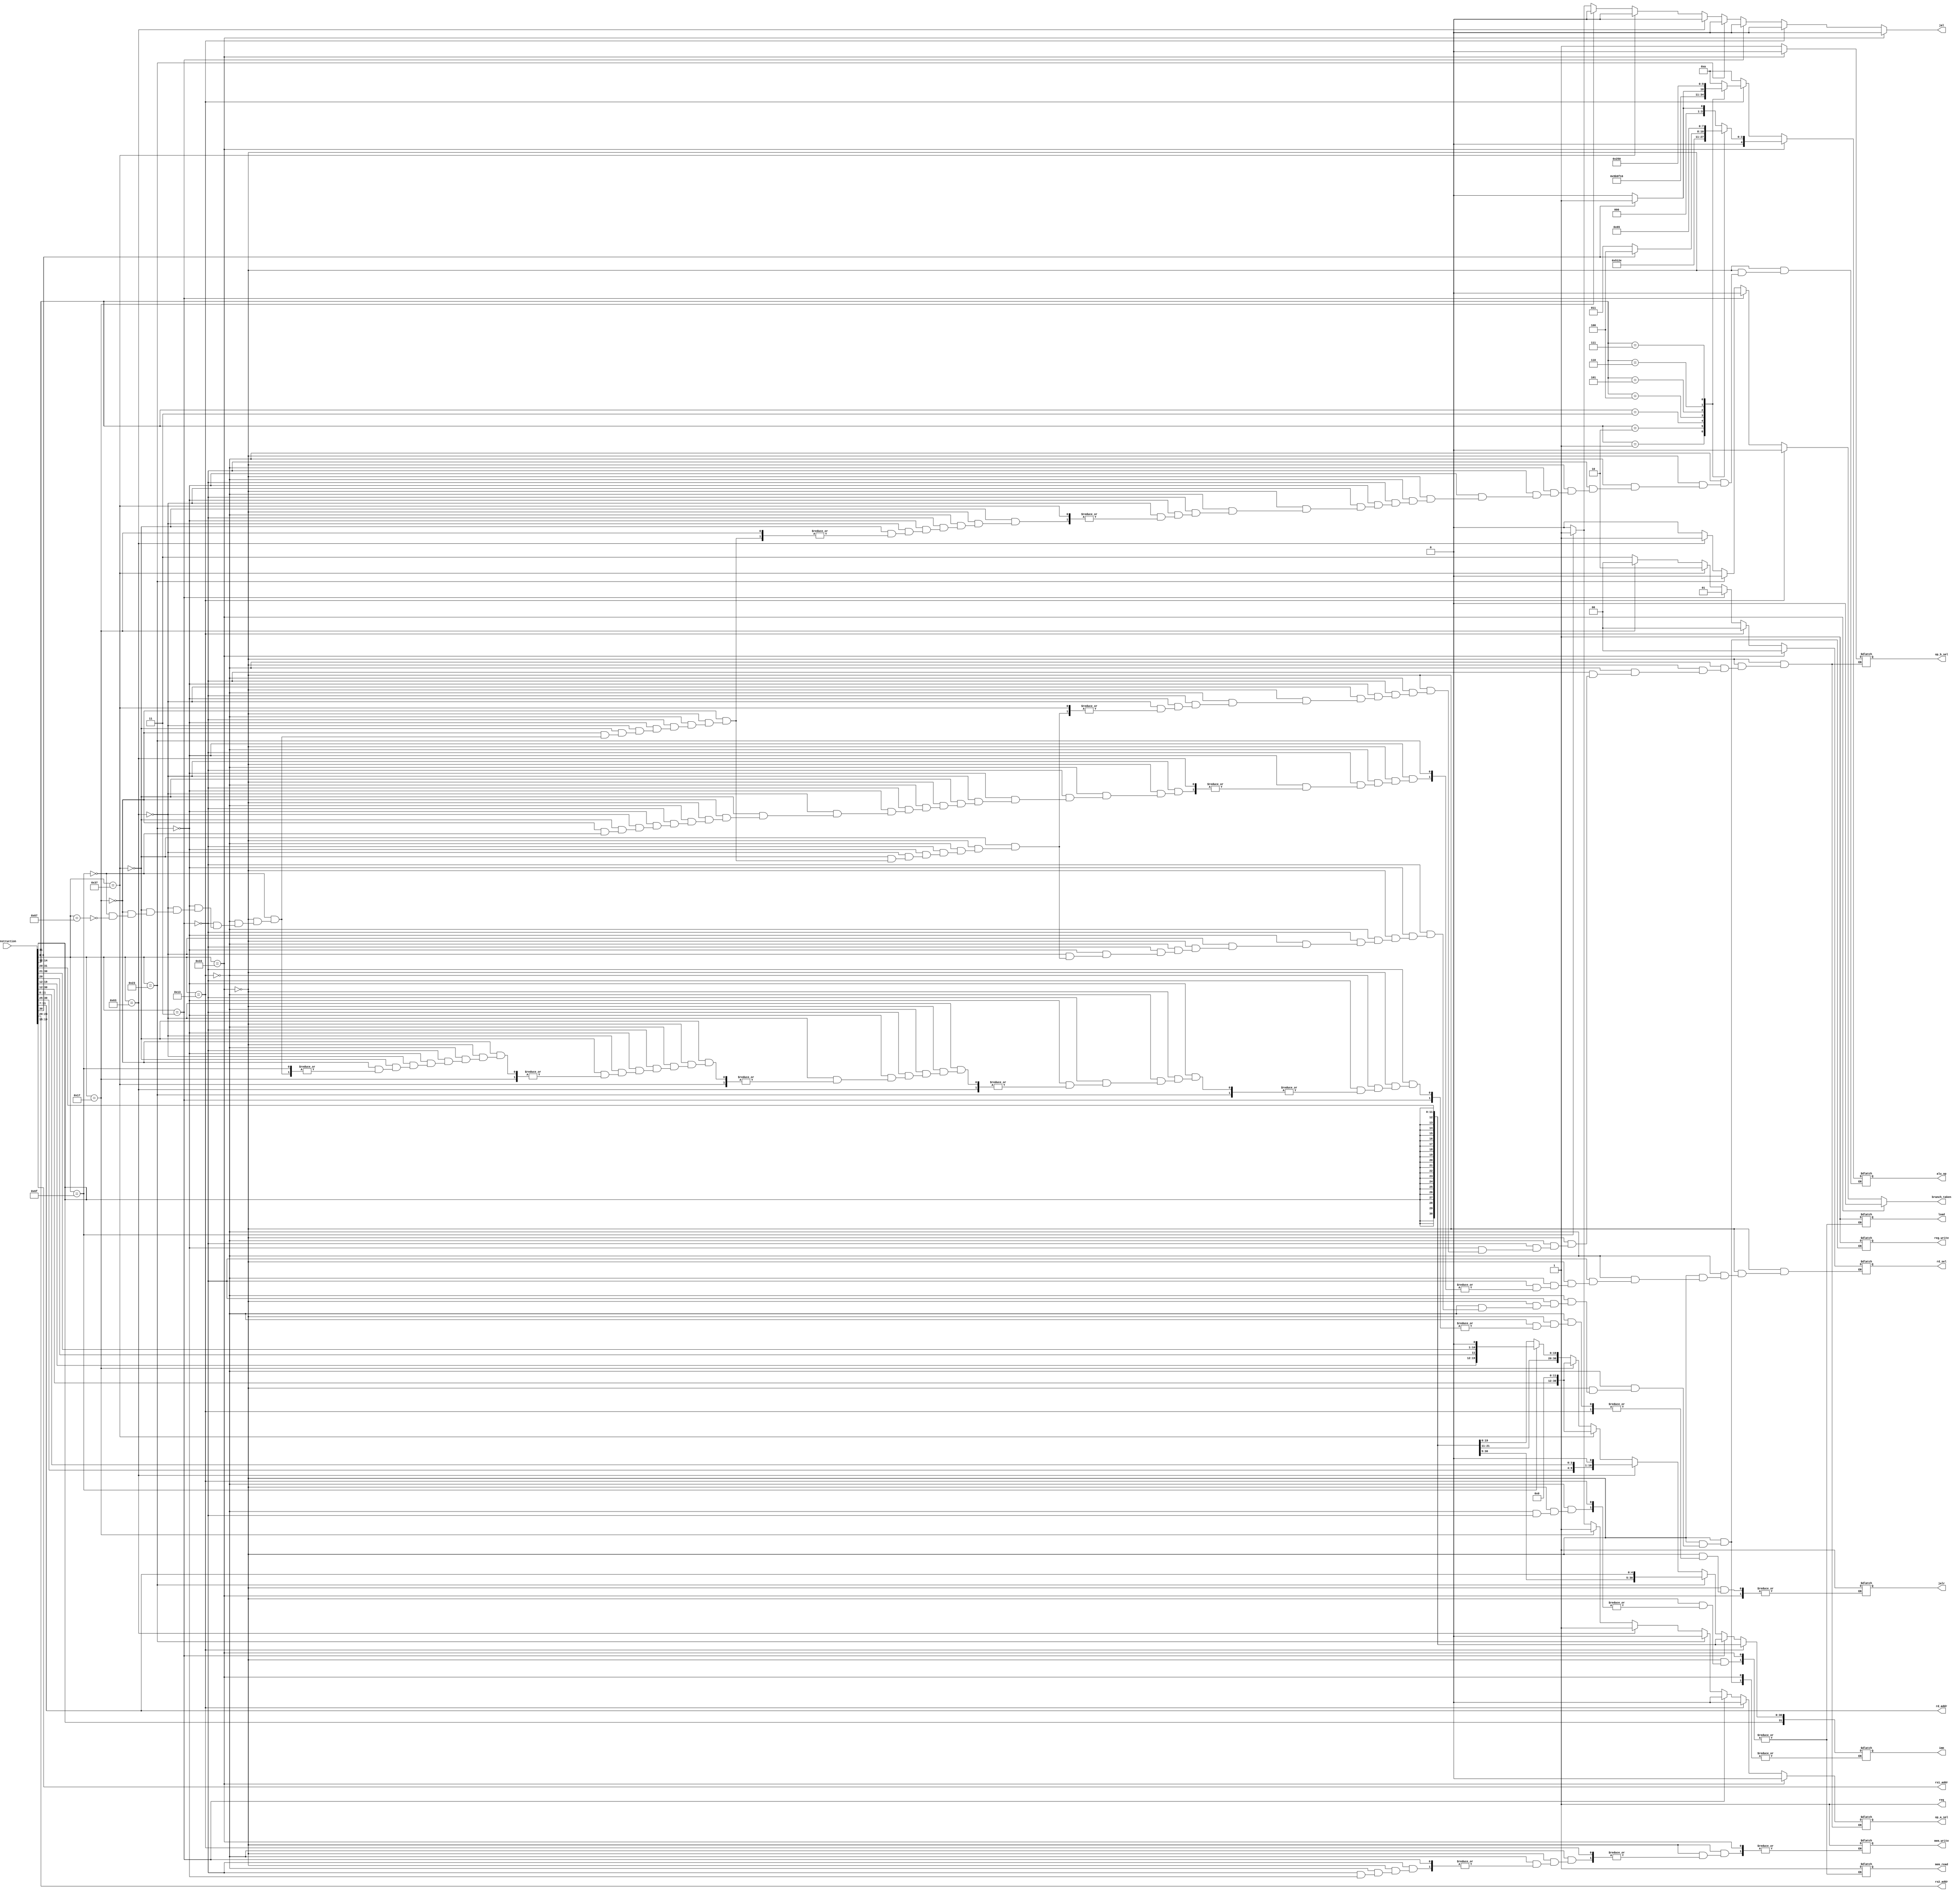
module control_unit(
  instruction,
  load,
  reg_write,
  op_b_sel,
  rs2_addr,
  rs1_addr,
  rd_addr,
  op_a_sel,
  imm,
  req,
  alu_op,
  rd_sel,
  mem_read,
  branch_taken,
  jalr,
  jal,
  mem_write
  );

  input wire [31:0] instruction; 
  output reg                req;
  output reg               jalr;
  output reg                jal;
  output reg          reg_write;
  output reg [31:0]         imm;
  output reg           op_b_sel;
  output reg           op_a_sel;
  output reg [4:0]       alu_op;
  output wire[4:0]     rs1_addr;
  output wire[4:0]     rs2_addr;
  output wire[4:0]      rd_addr;
  output reg [1:0]       rd_sel;
  output reg           mem_read;
  output reg          mem_write;
  output reg       branch_taken;
  output reg               load;
  
   assign rs1_addr = instruction[19:15];
   assign rs2_addr = instruction[24:20];
   assign rd_addr  = instruction[11:7];

  always @(*)begin
    branch_taken =0 ;
    jal=0;
    req = 1;
    if(instruction[6:0]== 7'b0110011)begin//r_type 
        reg_write=1;
        op_b_sel=0;
        op_a_sel=0;
        rd_sel=2'b00;

        case(instruction[14:12]) // selection based on func3
          3'b000 : alu_op = (instruction[30]) ? 5'b00001: 5'b00000;// sub//add
          3'b001 : alu_op = 5'b00010;//sll
          3'b010 : alu_op = 5'b01000;//slt
          3'b011 : alu_op = 5'b01001;//sltu
          3'b100 : alu_op = 5'b00111;//xor
          3'b101 : alu_op = (instruction[30]) ? 5'b00100 : 5'b00011;//sra//srl
          3'b110 : alu_op = 5'b00110;//or
          3'b111 : alu_op = 5'b00101;//and
          default : alu_op = 5'b00000; // Handle any unsupported cases
        endcase
    end
    else if(instruction[6:0]==7'b0010011)begin//i_type
      imm = {{20{instruction[31]}}, instruction[31:20]};
      op_b_sel=1;
      op_a_sel=0;
      rd_sel=2'b00;
        case (instruction[14:12])
          3'b000 : alu_op = 5'b01010;//addi
          3'b001 : alu_op = 5'b01011;//slli
          3'b010 : alu_op = 5'b01110;//slti
          3'b011 : alu_op = 5'b01111;//sltui
          3'b100 : alu_op = 5'b10001;//xori
          3'b101 : alu_op = (instruction[30]) ? 5'b01101 : 5'b01100;//srai//srli
          3'b110 : alu_op = 5'b10010;//ori
          3'b111 : alu_op = 5'b10000;//andi
          default : alu_op = 5'b01010; // Handle any unsupported cases
      endcase
      reg_write=1;
    end 
    else if(instruction[6:0]==7'b0000011)begin//load
    load=1;
    imm = {{20{instruction[31]}}, instruction[31:20]};
    mem_read=1;
    reg_write=1;
    op_b_sel=1;
    op_a_sel=0;
    rd_sel=2'b01;
    alu_op = 5'b01010;

    end
    else if (instruction[6:0]==7'b0100011)begin//store
      imm= {{20{instruction[31]}}, instruction[31:25], instruction[11:7]} ;
      mem_write=1;
      reg_write=1;
      op_b_sel=1;
      op_a_sel=0;
      alu_op = 5'b01010;
    end
    else if(instruction[6:0]==7'b1100011)begin//branch
      alu_op = 5'b01010; //addi
      imm = {{19{instruction[31]}},instruction[31],instruction[7],instruction[30:25],instruction[11:8],1'b0};
      reg_write=1;
      op_b_sel=1;
      op_a_sel=1;
      branch_taken=1;
    end
    else if (instruction[6:0]==7'b0110111)begin//LUI
      imm = { instruction[31:12], 12'b0} ;
      reg_write=1;
      rd_sel=2'b10;
    end
    else if (instruction[6:0]==7'b0010111)begin//AUIPC 
      imm = { instruction[31:12], 12'b0} ;
      reg_write=1;
      op_a_sel=1;
      op_b_sel=1;
      rd_sel=2'b00;
    end
     else if (instruction[6:0]==7'b1101111)begin//JAL
      imm = { {11{instruction[31]}},instruction[31],instruction[19:12],instruction[20],instruction[30:21], 1'b0} ;
      reg_write=1;
      jal=1;
      rd_sel=2'b11;
      alu_op = 5'b01010; //addi
      op_a_sel=1;
      op_b_sel=1;
    end
    else if (instruction[6:0]==7'b1100111)begin//JALR
      imm = {{20{instruction[31]}}, instruction[31:20]};
      reg_write=1;
      jalr=1;
      alu_op = 5'b01010; //addi
      op_a_sel=0;
      op_b_sel=1;
    end

  end   
endmodule